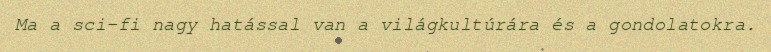
Ma a sci-fi nagy hatással van a világkultúrára és a gondolatokra.